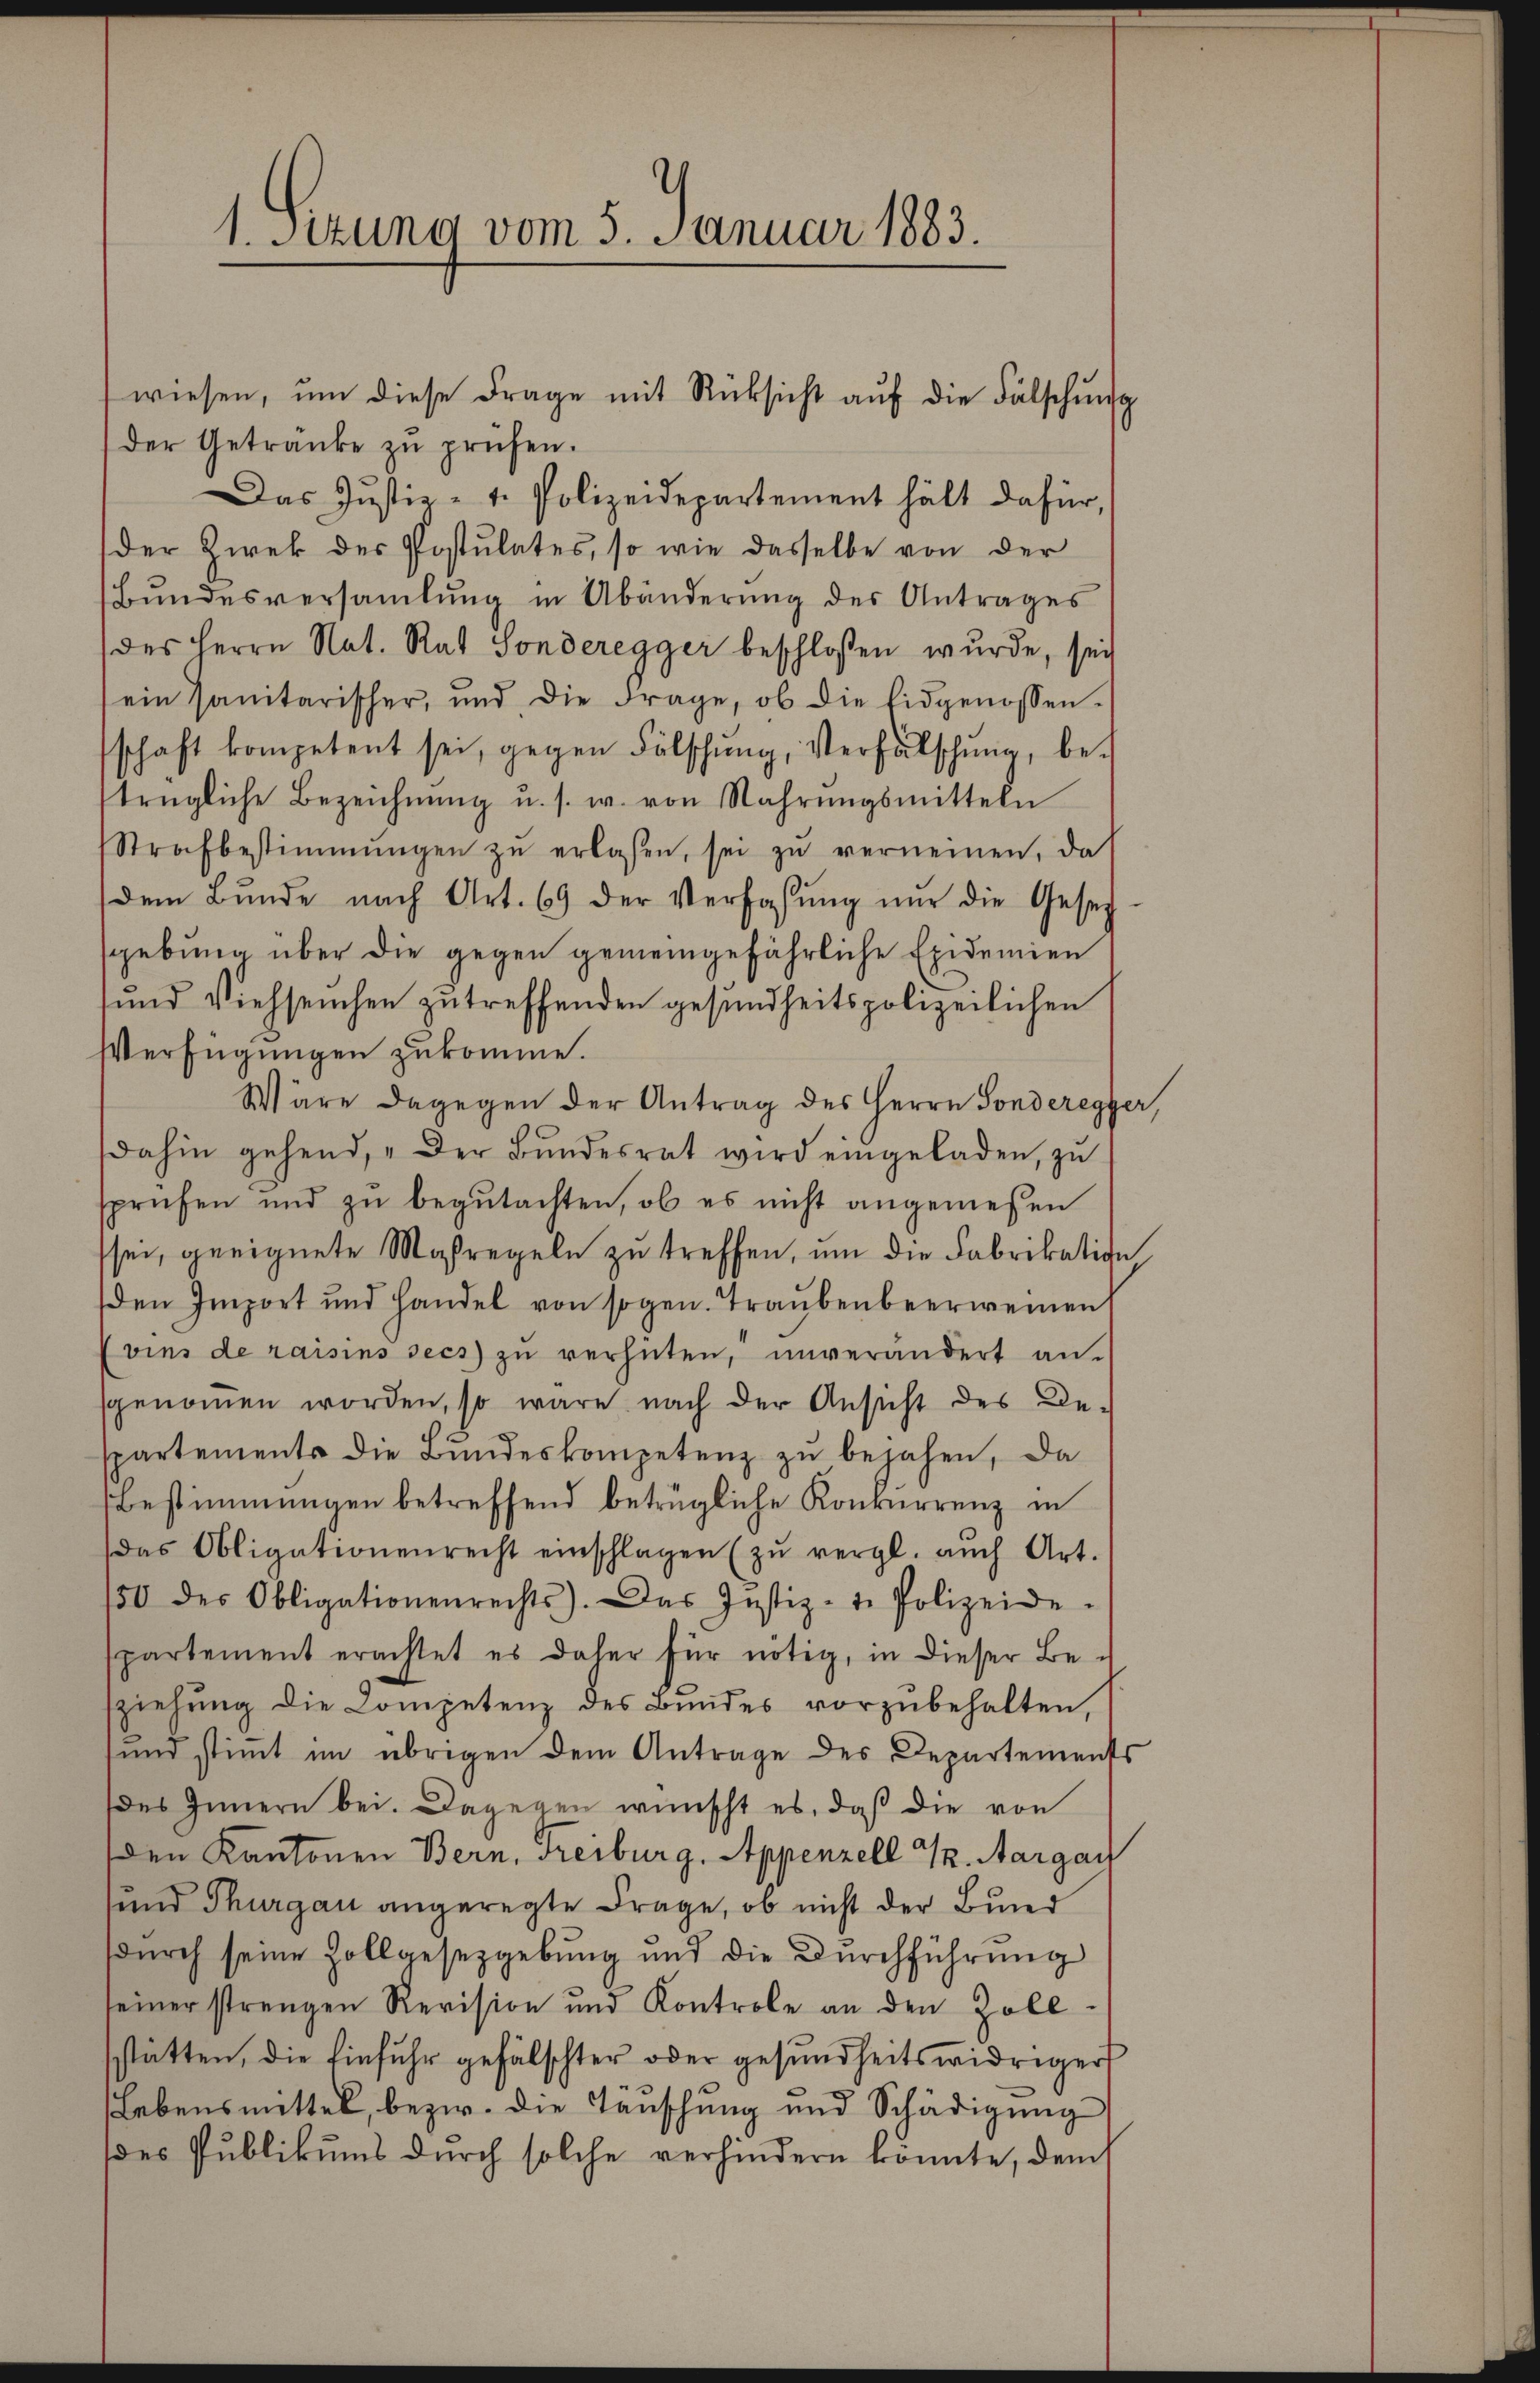
1. Sitzung vom 5. Januar 1883.

der Getränke zŭ prüfen.
Das Justiz- u. Polizeidepartement hält dafür,
der Zwek des Postulates, so wie dasselbe von der
Bŭndesversaṁlŭng in Abänderŭng des Antrages
des Herrn Nat. Rat Sonderegger beschlossen wurde, sei
ein Sanitarischer, und die Frage, ob die Eidgenossen-
schaft kompetent sei, gegen Fälschŭng, Verfälschung, betrügliche Bezeichnŭng u. s. w. von Nahrŭngsmitteln
Strafbestimmungen zŭ erlaßen, sei zŭ verneinen, das
dem Bŭnde nach Art. 69 der Verfassŭng nur die Gesetz
gebung über die gegen gemeingefährliche Exidemien
und Viehseuchen zu treffenden gesundheitspolizeilichen
Verfügungen zukomme.
Wäre dagegen der Antrag des Herrn Sonderegger,
dahin gehend, „Der Bŭndesrat wird eingeladen, zŭ
sprüfen und zŭ begŭtachten, ob es nicht angemessen
sei, geeignete Maßregeln zu treffen, um die Fabrikation
den Import und Handel von sogen. Traubenbeerweinen
vies de raisins secs zŭ verhüten, unverändert an.
sgenommen worden, so wäre nach der Ansicht des Be-
spartements die Bŭndeskompetenz zŭ bejahen, da
Bestimmungen betreffend betrügliche Konkurrenz in
das Obligationenrecht einschlagen (zŭ vergl. auch Art.
50 des Obligationenrechts). Das Justiz- u. Polizeide-
spartement erachtet es daher für nötig, in dieser Be-
sziehŭng die Competenz des Bundes vorzŭbehalten,
sund stimmt im übrigen dem Antrage des Departements
des Innern bei. Dagegen wünscht es, daß die von
den Kantonen Bern, Freiburg, Appenzell I. Aargau
sund Thurgau angeregte Frage, ob nicht der Bund
sdurch seine Zollgesetzgebung und die Durchführung
seiner strengen Revision und Kontrole an den Zoll-
sstätten, die Einfuhr gefälschter oder gesundheitswidriger
Lebensmittel, bezw. die Tauschung und Schädigung
des Publikums durch solche verhindern könnte, dem

wiesen, ŭm diese Frage mit Rücksicht auf die Fälschung